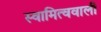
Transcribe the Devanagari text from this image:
स्वामित्ववाली